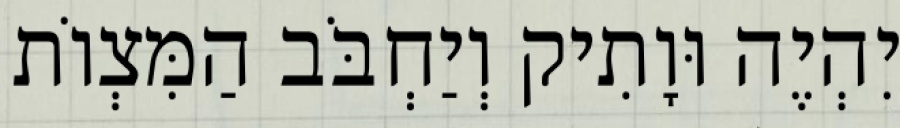
יִהְיֶה וּוָתִיק וְיַחְבֹּב הַמִּצְוֹת